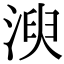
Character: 㳛